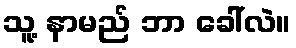
သူ့ နာမည် ဘာ ခေါ်လဲ။